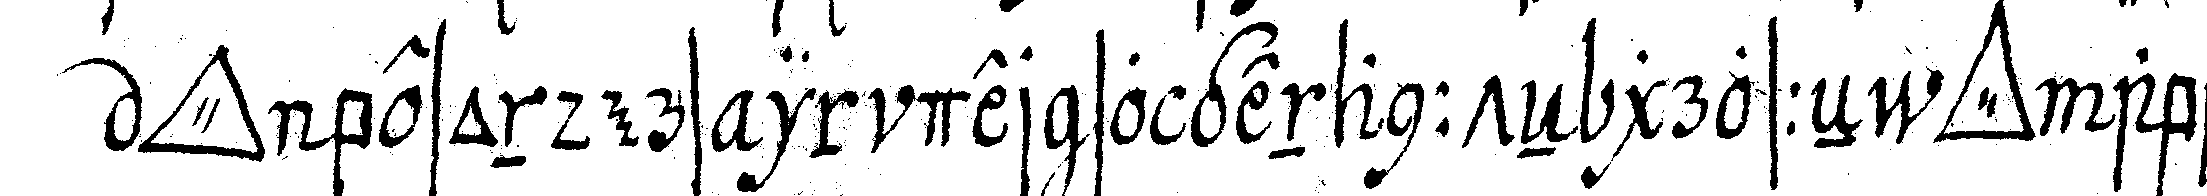
*tri..* besonders in der so genannteN grosseN *tri..* aber